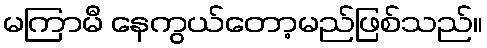
မကြာမီ နေကွယ်တော့မည်ဖြစ်သည်။